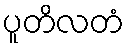
ပူတိလတံ